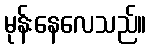
မုန်းနေလေသည်။